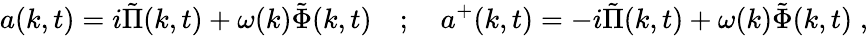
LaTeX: a(k,t)=i\tilde{\Pi}(k,t)+\omega(k)\tilde{\Phi}(k,t)\quad;\quad a^{+}(k,t)=-i\tilde{\Pi}(k,t)+\omega(k)\tilde{\Phi}(k,t)\; ,